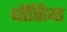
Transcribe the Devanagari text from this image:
धौंसिया